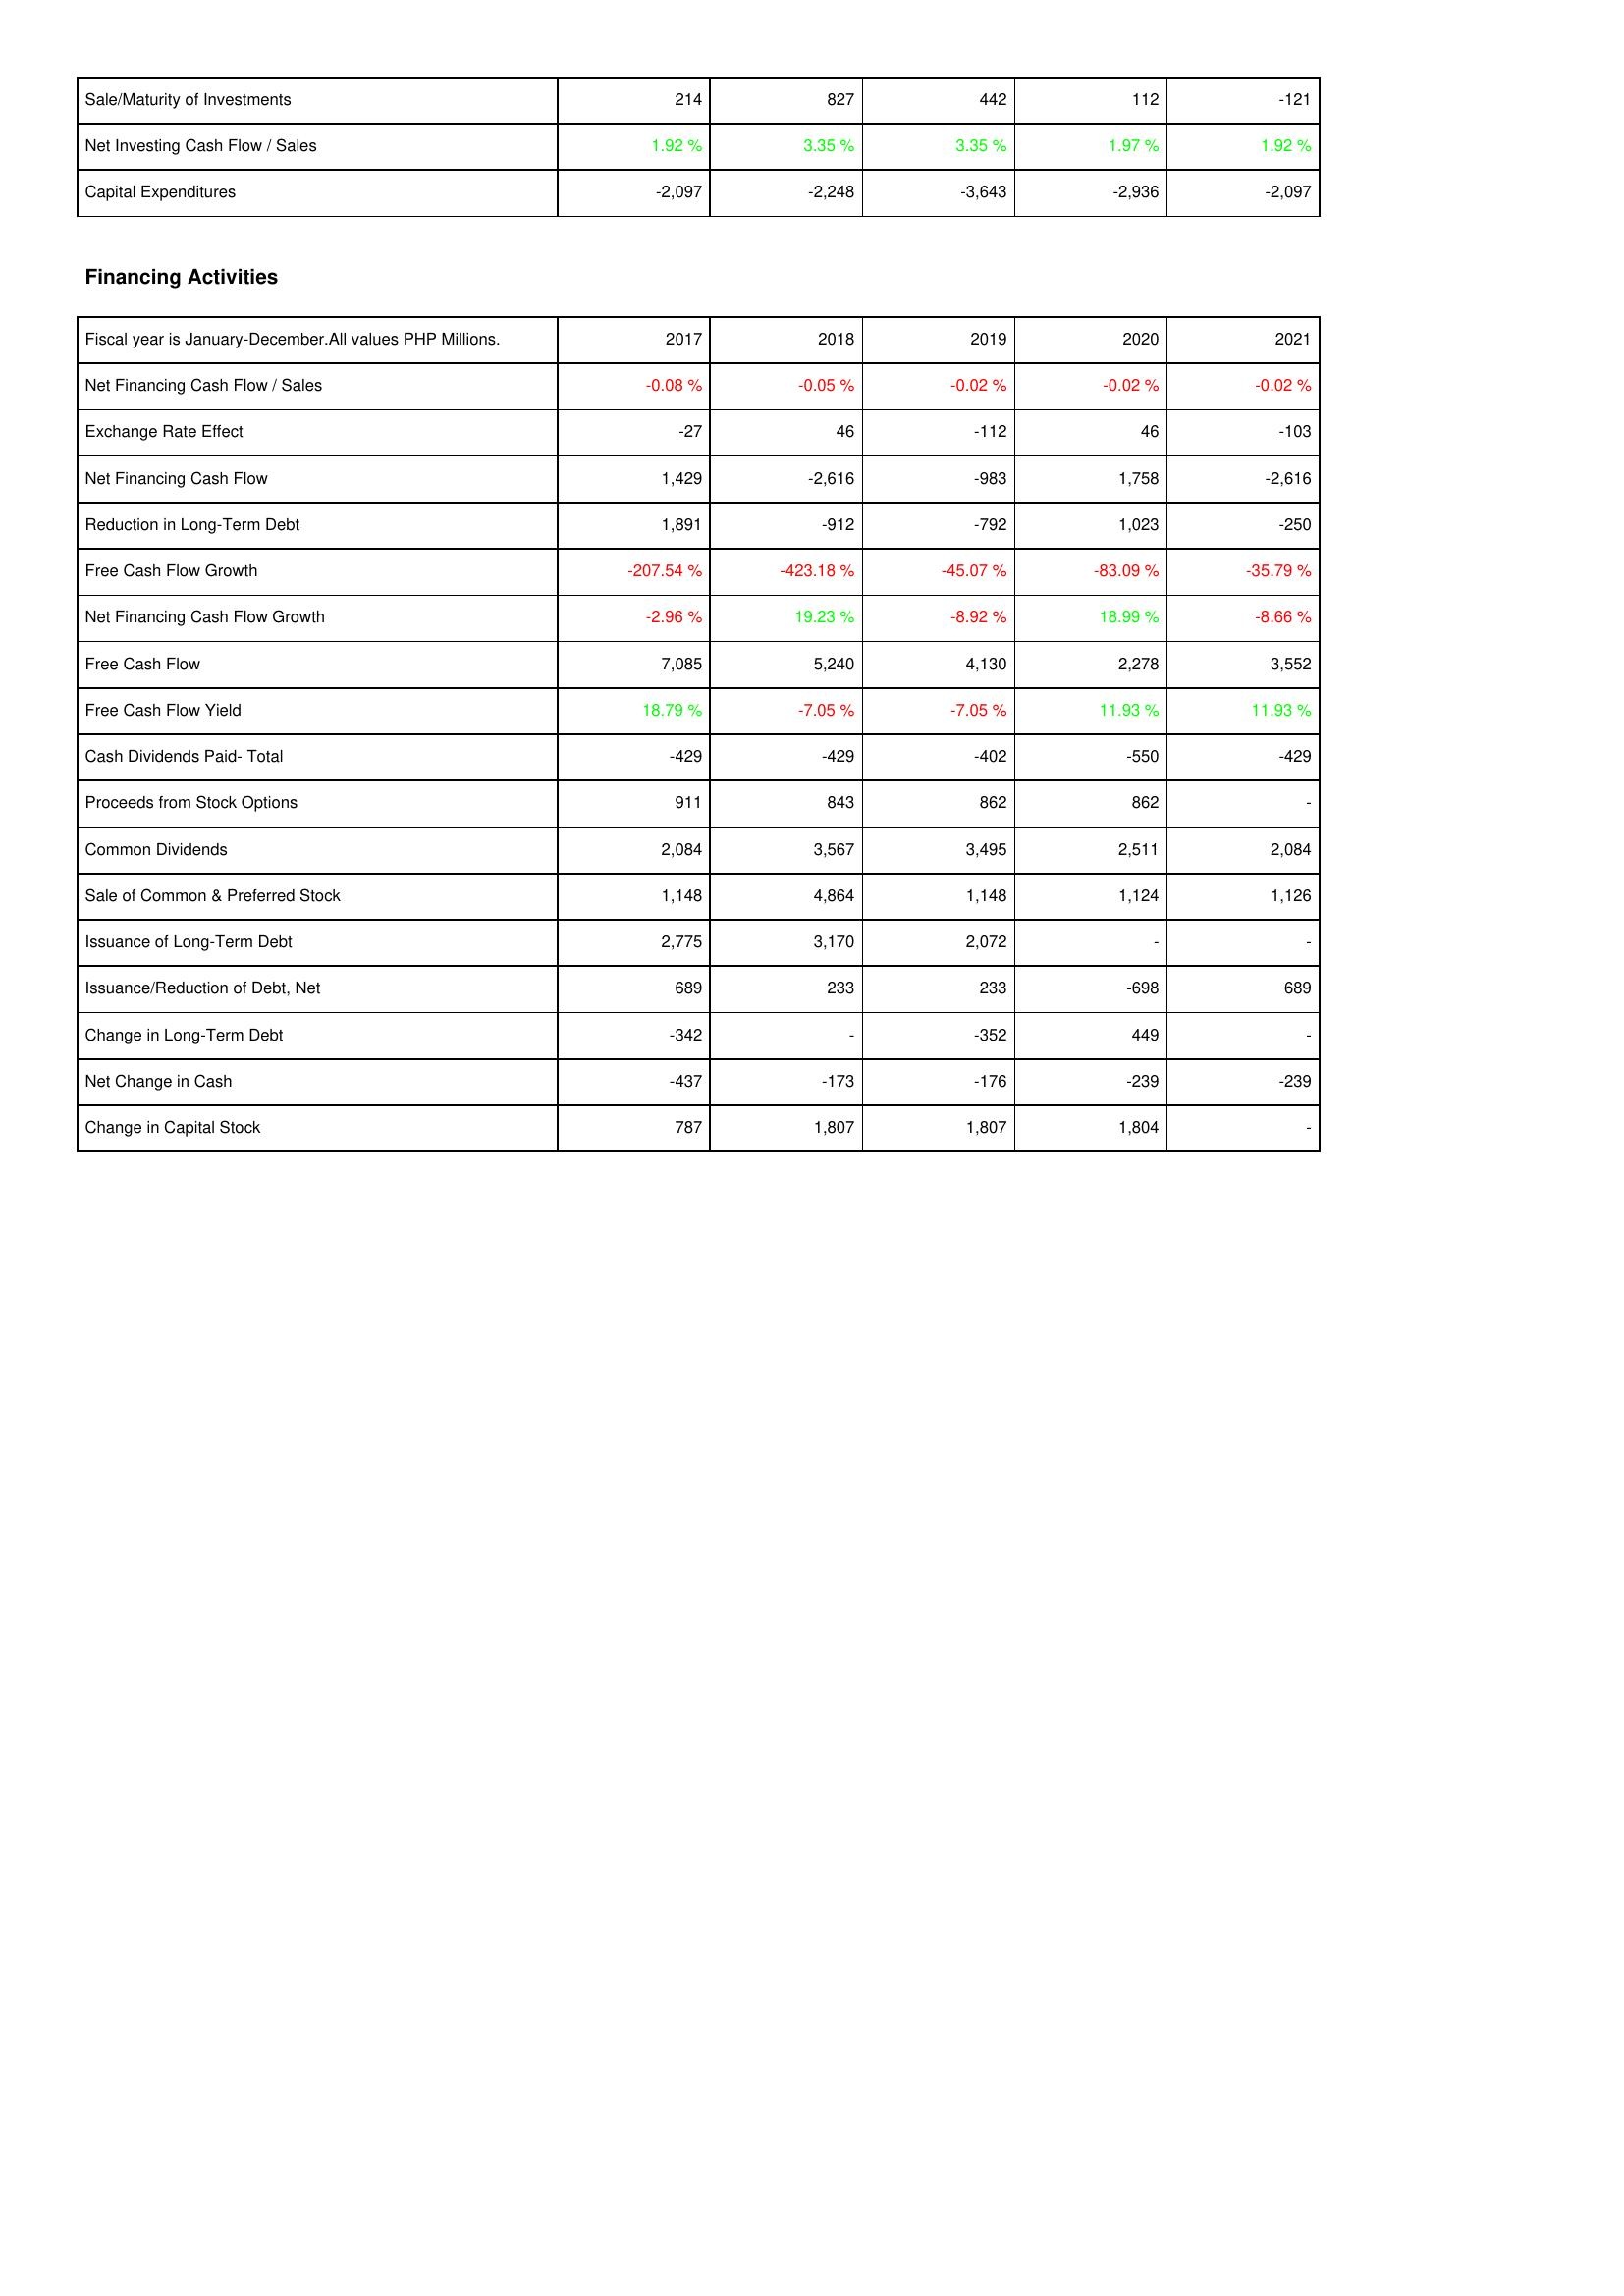
2017: Investing Activities: Sale/Maturity of Investments: 214
Net Investing Cash Flow / Sales: 1.92 %
Capital Expenditures: -2,097
Financing Activities: Net Financing Cash Flow / Sales: -0.08 %
Exchange Rate Effect: -27
Net Financing Cash Flow: 1,429
Reduction in Long-Term Debt: 1,891
Free Cash Flow Growth: -207.54 %
Net Financing Cash Flow Growth: -2.96 %
Free Cash Flow: 7,085
Free Cash Flow Yield: 18.79 %
Cash Dividends Paid- Total: -429
Proceeds from Stock Options: 911
Common Dividends: 2,084
Sale of Common & Preferred Stock: 1,148
Issuance of Long-Term Debt: 2,775
Issuance/Reduction of Debt, Net: 689
Change in Long-Term Debt: -342
Net Change in Cash: -437
Change in Capital Stock: 787
2018: Investing Activities: Sale/Maturity of Investments: 827
Net Investing Cash Flow / Sales: 3.35 %
Capital Expenditures: -2,248
Financing Activities: Net Financing Cash Flow / Sales: -0.05 %
Exchange Rate Effect: 46
Net Financing Cash Flow: -2,616
Reduction in Long-Term Debt: -912
Free Cash Flow Growth: -423.18 %
Net Financing Cash Flow Growth: 19.23 %
Free Cash Flow: 5,240
Free Cash Flow Yield: -7.05 %
Cash Dividends Paid- Total: -429
Proceeds from Stock Options: 843
Common Dividends: 3,567
Sale of Common & Preferred Stock: 4,864
Issuance of Long-Term Debt: 3,170
Issuance/Reduction of Debt, Net: 233
Change in Long-Term Debt: -
Net Change in Cash: -173
Change in Capital Stock: 1,807
2019: Investing Activities: Sale/Maturity of Investments: 442
Net Investing Cash Flow / Sales: 3.35 %
Capital Expenditures: -3,643
Financing Activities: Net Financing Cash Flow / Sales: -0.02 %
Exchange Rate Effect: -112
Net Financing Cash Flow: -983
Reduction in Long-Term Debt: -792
Free Cash Flow Growth: -45.07 %
Net Financing Cash Flow Growth: -8.92 %
Free Cash Flow: 4,130
Free Cash Flow Yield: -7.05 %
Cash Dividends Paid- Total: -402
Proceeds from Stock Options: 862
Common Dividends: 3,495
Sale of Common & Preferred Stock: 1,148
Issuance of Long-Term Debt: 2,072
Issuance/Reduction of Debt, Net: 233
Change in Long-Term Debt: -352
Net Change in Cash: -176
Change in Capital Stock: 1,807
2020: Investing Activities: Sale/Maturity of Investments: 112
Net Investing Cash Flow / Sales: 1.97 %
Capital Expenditures: -2,936
Financing Activities: Net Financing Cash Flow / Sales: -0.02 %
Exchange Rate Effect: 46
Net Financing Cash Flow: 1,758
Reduction in Long-Term Debt: 1,023
Free Cash Flow Growth: -83.09 %
Net Financing Cash Flow Growth: 18.99 %
Free Cash Flow: 2,278
Free Cash Flow Yield: 11.93 %
Cash Dividends Paid- Total: -550
Proceeds from Stock Options: 862
Common Dividends: 2,511
Sale of Common & Preferred Stock: 1,124
Issuance of Long-Term Debt: -
Issuance/Reduction of Debt, Net: -698
Change in Long-Term Debt: 449
Net Change in Cash: -239
Change in Capital Stock: 1,804
2021: Investing Activities: Sale/Maturity of Investments: -121
Net Investing Cash Flow / Sales: 1.92 %
Capital Expenditures: -2,097
Financing Activities: Net Financing Cash Flow / Sales: -0.02 %
Exchange Rate Effect: -103
Net Financing Cash Flow: -2,616
Reduction in Long-Term Debt: -250
Free Cash Flow Growth: -35.79 %
Net Financing Cash Flow Growth: -8.66 %
Free Cash Flow: 3,552
Free Cash Flow Yield: 11.93 %
Cash Dividends Paid- Total: -429
Proceeds from Stock Options: -
Common Dividends: 2,084
Sale of Common & Preferred Stock: 1,126
Issuance of Long-Term Debt: -
Issuance/Reduction of Debt, Net: 689
Change in Long-Term Debt: -
Net Change in Cash: -239
Change in Capital Stock: -